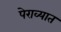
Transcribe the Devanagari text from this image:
पेराव्यात